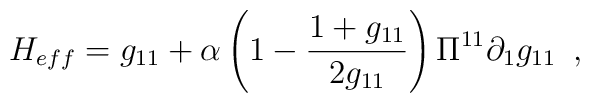
H_{eff}=g_{11}+ \alpha \left( 1-\frac{1+g_{11}}{2g_{11}} \right)\Pi ^{11}\partial_1 g_{11} \,\,\, ,